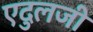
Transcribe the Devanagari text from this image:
एदुलजी